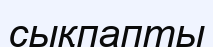
сықпапты